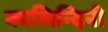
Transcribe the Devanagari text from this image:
कालिन्दिनी